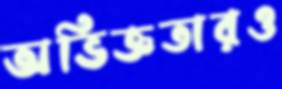
অভিজ্ঞতারও